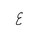
Letter: _ayn